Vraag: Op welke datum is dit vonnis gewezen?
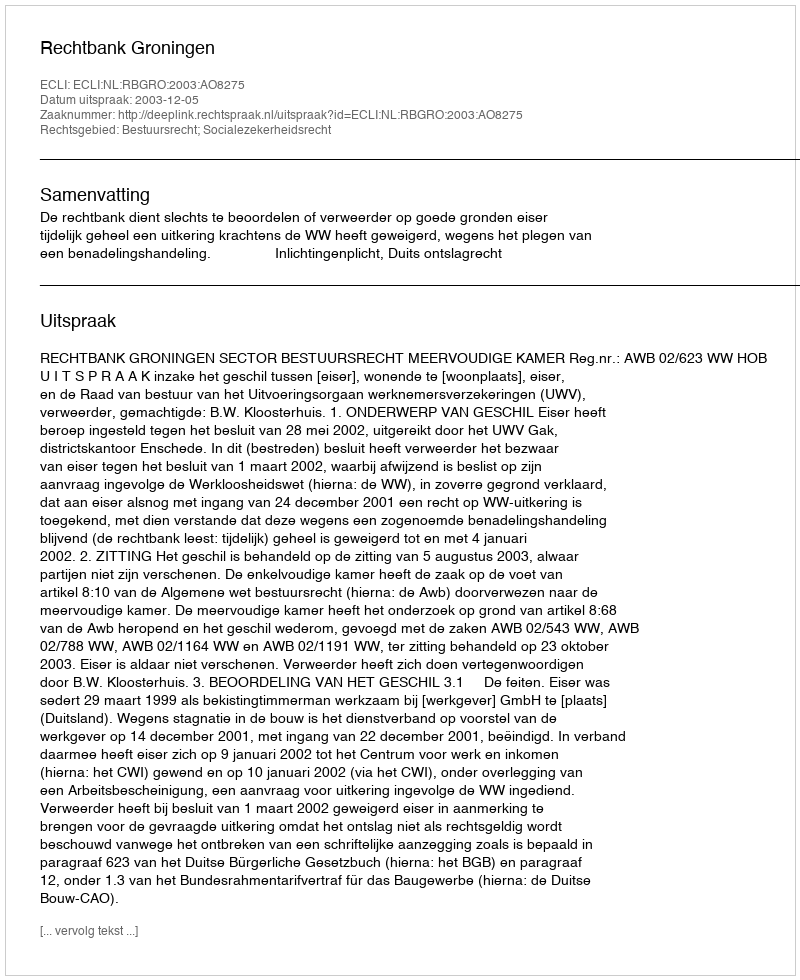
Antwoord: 2003-12-05